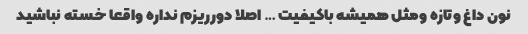
نون داغ وتازه ومثل همیشه باکیفیت … اصلا دورریزم نداره واقعا خسته نباشید